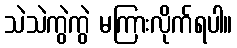
သဲသဲကွဲကွဲ မကြားလိုက်ရပါ။